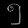
Digit: ၅